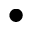
\bullet